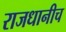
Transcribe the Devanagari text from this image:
राजधानीच